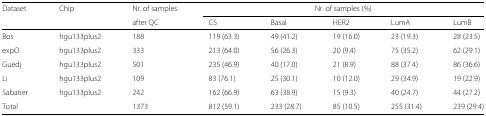
| Dataset | Chip | Nr. of samples | <COLSPAN=4> Nr. of samples (%) |  |
 | --- | --- | --- | --- | --- | --- | --- | --- |
 |  |  | after QC | CS | Basal | HER2 | LumA | LumB |
 | Bos | hgu133plus2 | 188 | 119 (63.3) | 49 (41.2) | 19 (16.0) | 23 (19.3) | 28 (23.5) |
 | expO | hgu133plus2 | 333 | 213 (64.0) | 56 (26.3) | 20 (9.4) | 75 (35.2) | 62 (29.1) |
 | Guedj | hgu133plus2 | 501 | 235 (46.9) | 40 (17.0) | 21 (8.9) | 88 (37.4) | 86 (36.6) |
 | Li | hgu133plus2 | 109 | 83 (76.1) | 25 (30.1) | 10 (12.0) | 29 (34.9) | 19 (22.9) |
 | Sabatier | hgu133plus2 | 242 | 162 (66.9) | 63 (38.9) | 15 (9.3) | 40 (24.7) | 44 (27.2) |
 | Total |  | 1373 | 812 (59.1) | 233 (28.7) | 85 (10.5) | 255 (31.4) | 239 (29.4) |